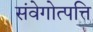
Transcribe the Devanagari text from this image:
संवेगोत्पत्ति